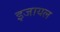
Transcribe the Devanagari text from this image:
इजायल